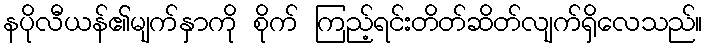
နပိုလီယန်၏မျက်နှာကို စိုက် ကြည့်ရင်းတိတ်ဆိတ်လျက်ရှိလေသည်။